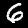
Digit: 6